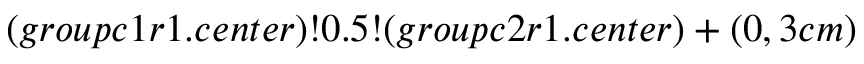
( g r o u p c 1 r 1 . c e n t e r ) ! 0 . 5 ! ( g r o u p c 2 r 1 . c e n t e r ) + ( 0 , 3 c m )